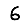
Digit: 6